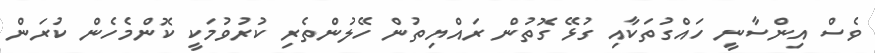
ވެސް އިންސާނީ ހައްގުތަކާއި ގުޅޭ ގޮތުން ރައްޔިތުން ހޭލުންތެރި ކުރުވުމަކީ ކޮންމެހެން ކުރަން